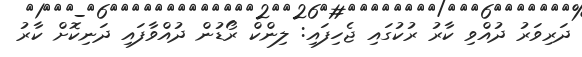
ދަރިވަރު ދުއްވި ކާރު ރުކުގައި ޖެހިފައި: ލިންކް ރޯޑުން ދުއްވާފައި ދަނިކޮށް ކާރު